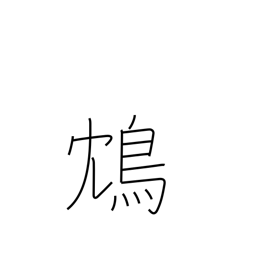
Meaning: a poisonous Chinese bird